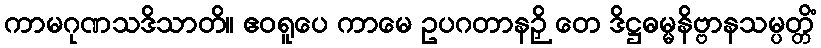
ကာမဂုဏသဒိသာတိ။ ဧဝရူပေ ကာမေ ဥပဂတာနဉှိ တေ ဒိဋ္ဌဓမ္မနိဗ္ဗာနသမ္ပတ္တိံ